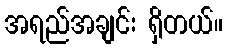
အရည်အချင်း ရှိတယ်။